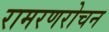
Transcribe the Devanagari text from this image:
रामरणरोचन